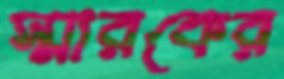
স্মারকের